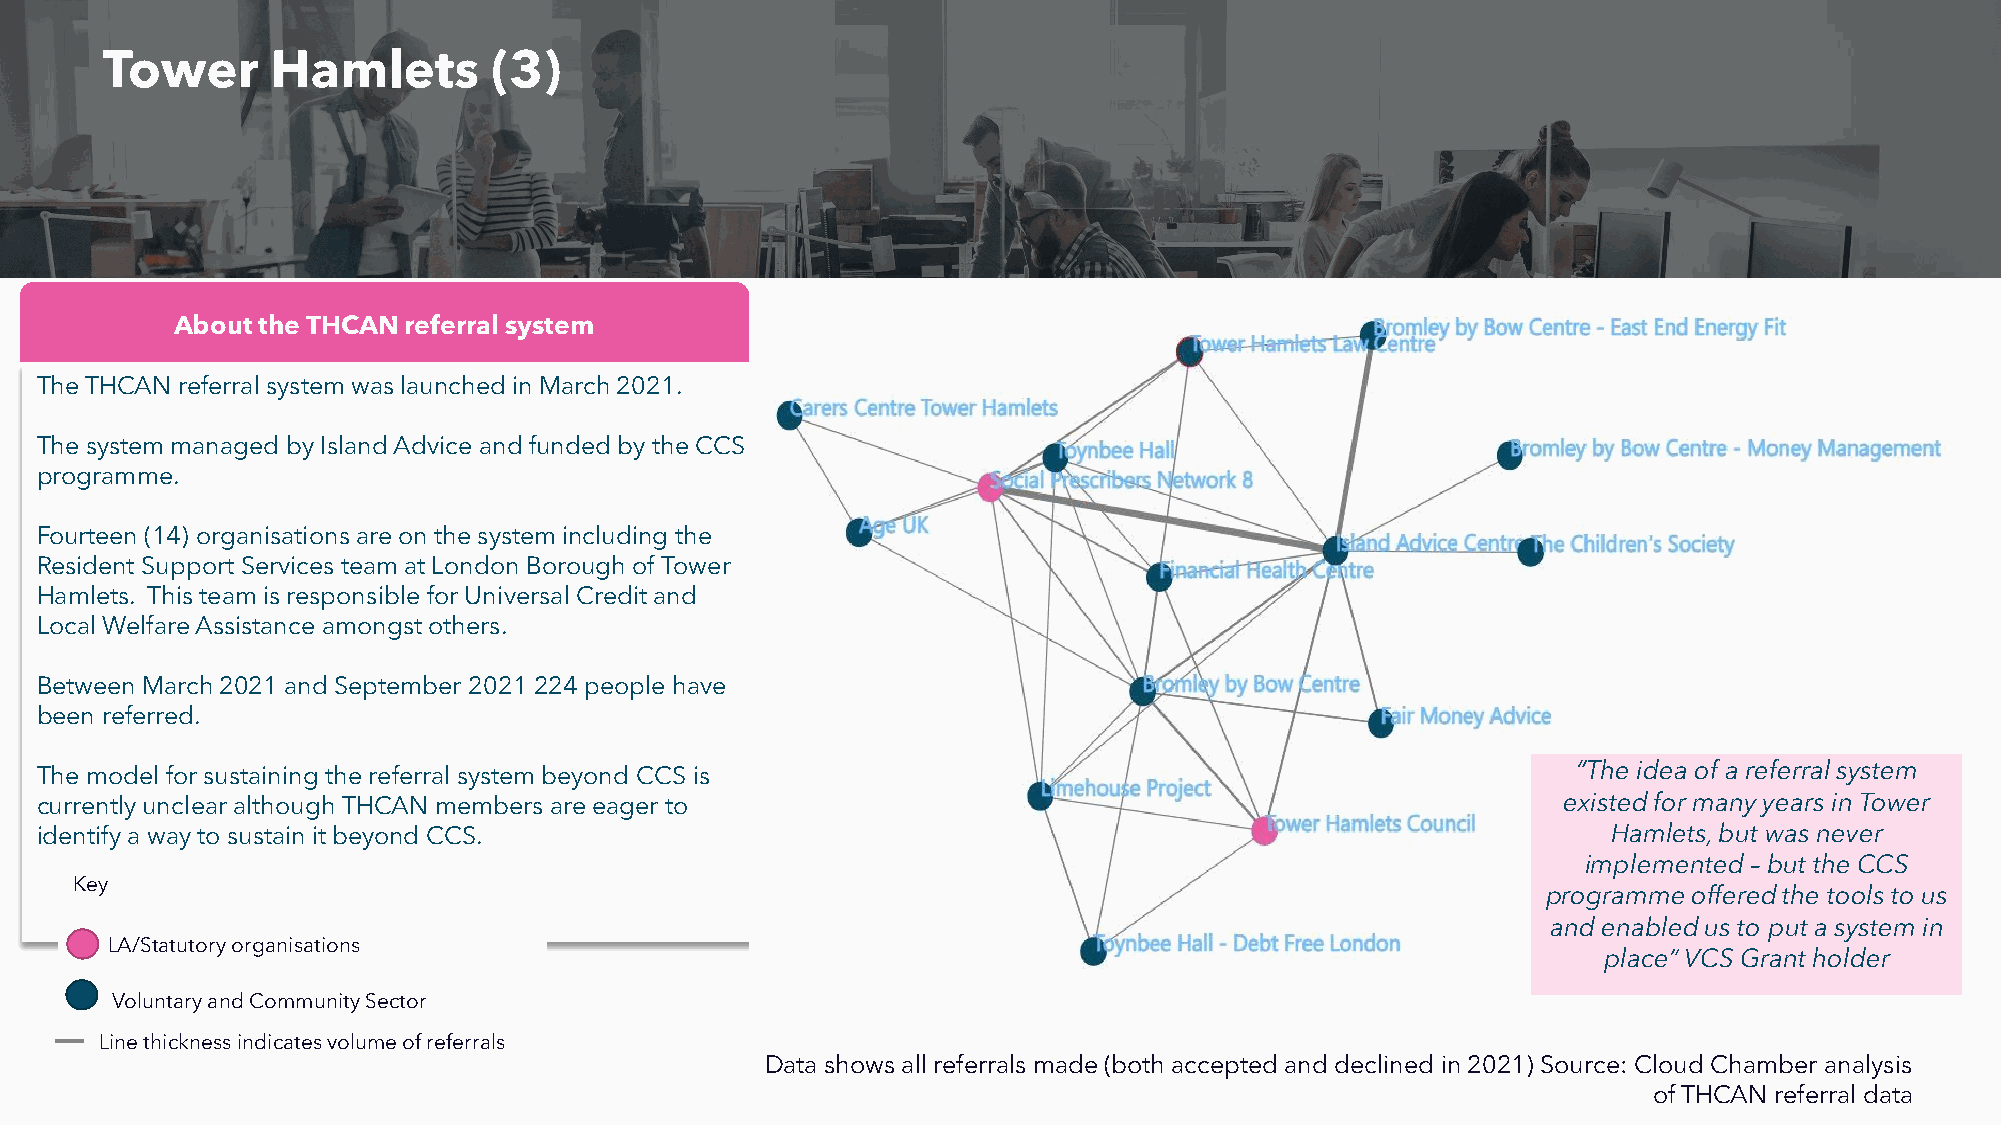
Tower      Hamlets        (3)
 About the THCAN referral system
 The THCAN referral system was launched in March 2021.
 The system managed by Island Advice and funded by the CCS
 programme.
 Fourteen (14) organisations are on the system including the
 Resident Support Services team at London Borough of Tower
 Hamlets. This team is responsible for Universal Credit and
 Local Welfare Assistance amongst others.
 Between March 2021 and September 2021 224 people have
 been referred.
 The model for sustaining the referral system beyond CCS is                                            “The idea of a referral system
 currently unclear although THCAN members are eager to                                                existed for many years in Tower
 identify a way to sustain it beyond CCS.                                                                 Hamlets, but was never
 implemented – but the CCS
 Key
 programme offered the tools to us
 and enabled us to put a system in
 LA/Statutory organisations
 place” VCS Grant holder
 Voluntary and Community Sector
 Line thickness indicates volume of referrals
 Data shows all referrals made (both accepted and declined in 2021) Source: Cloud Chamber analysis
 of THCAN referral data